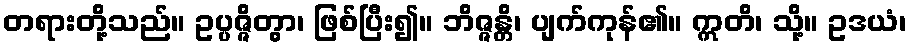
တရားတို့သည်။ ဥပ္ပဇ္ဇိတွာ၊ ဖြစ်ပြီး၍။ ဘိဇ္ဇန္တိ၊ ပျက်ကုန်၏။ ဣတိ၊ သို့။ ဥဒယံ၊